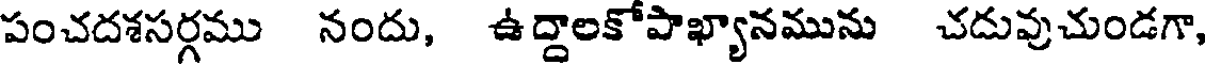
పంచదశసర్గము నందు, ఉద్దాలకోపాఖ్యానమును చదువుచుండగా,